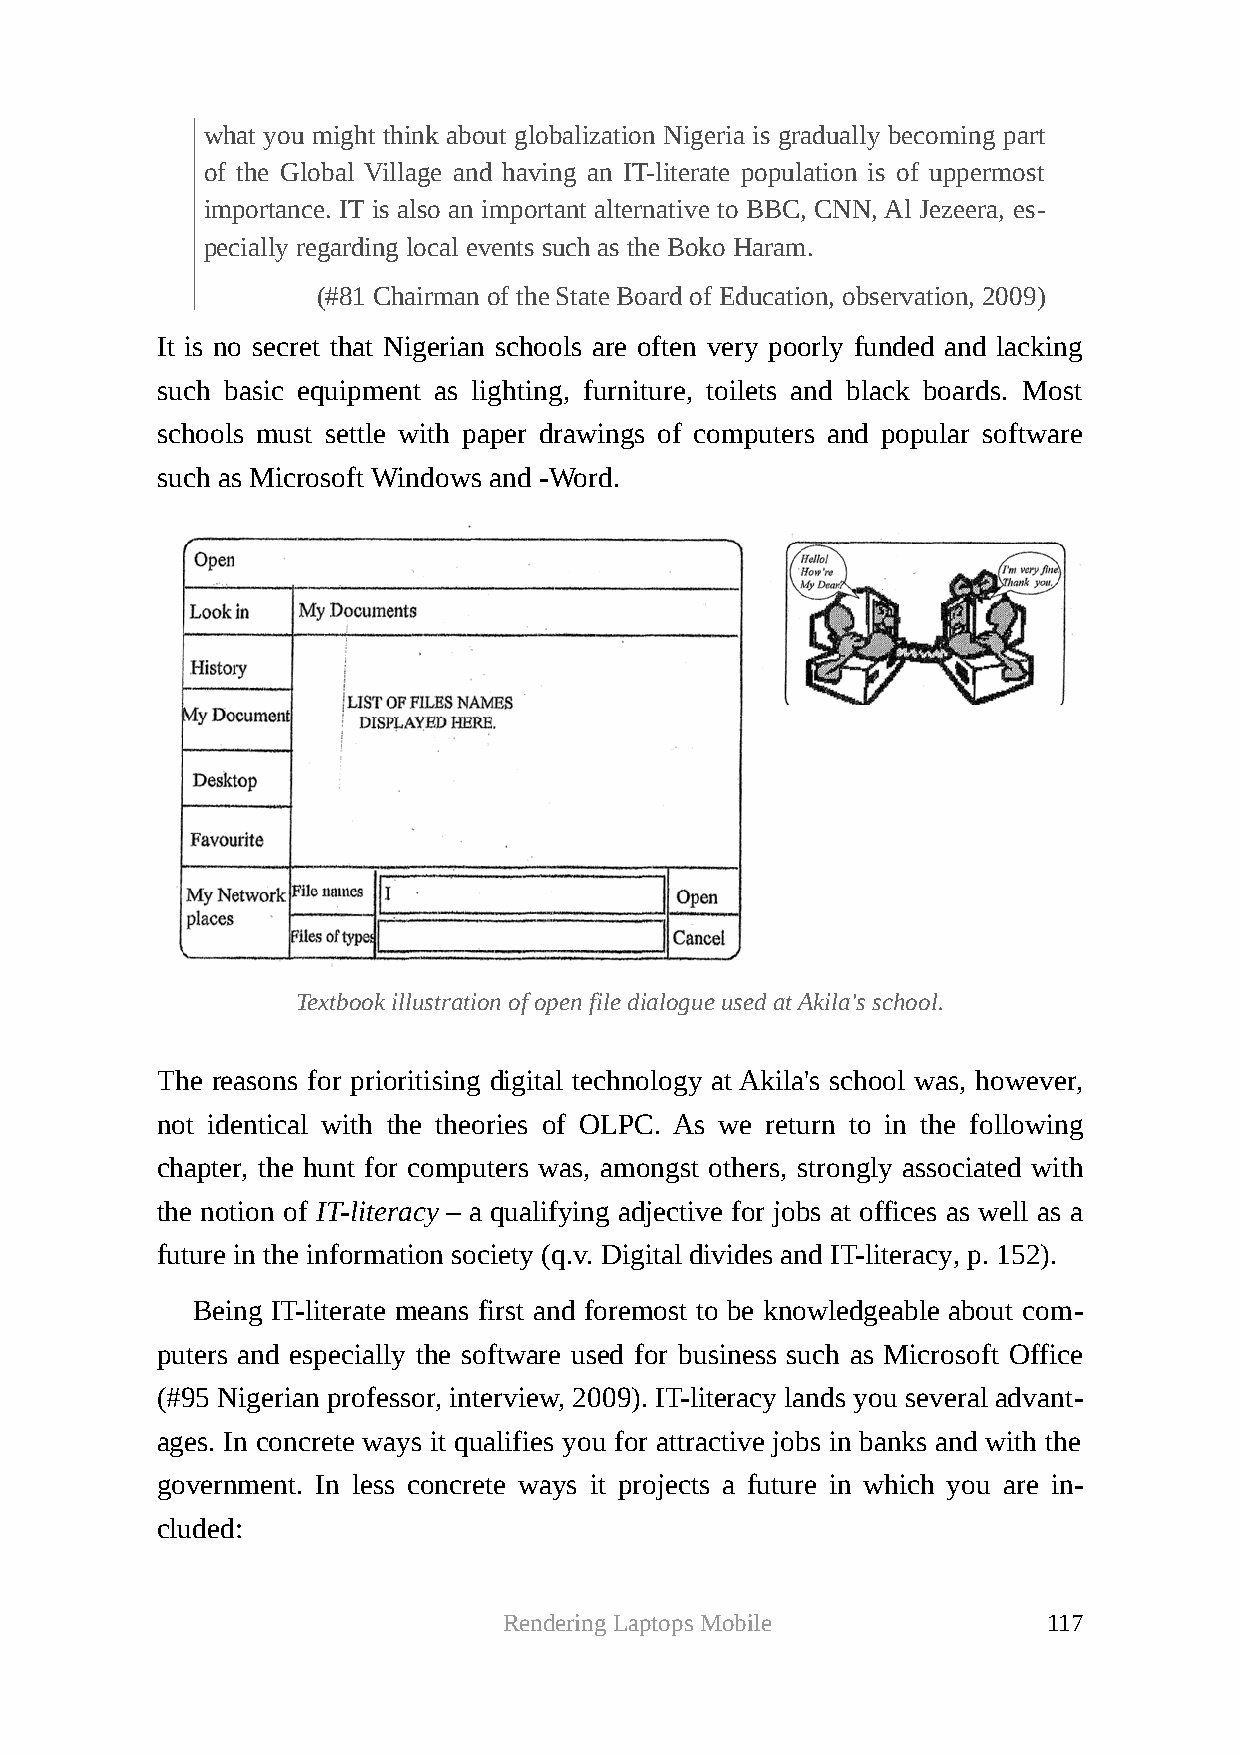
what you might think about globalization Nigeria is gradually becoming part
 of the Global Village and having an IT-literate population is of uppermost
 importance. IT is also an important alternative to BBC, CNN, Al Jezeera, es-
 pecially regarding local events such as the Boko Haram.
 (#81 Chairman of the State Board of Education, observation, 2009)
 It is no secret that Nigerian schools are often very poorly funded and lacking
 such basic equipment as lighting, furniture, toilets and black boards. Most
 schools must settle with paper drawings of computers and popular software
 such as Microsoft Windows and -Word.
 Textbook illustration of open file dialogue used at Akila's school.
 The reasons for prioritising digital technology at Akila's school was, however,
 not identical with the theories of OLPC. As we return to in the following
 chapter, the hunt for computers was, amongst others, strongly associated with
 the notion of IT-literacy – a qualifying adjective for jobs at offices as well as a
 future in the information society (q.v. Digital divides and IT-literacy, p. 152).
 Being IT-literate means first and foremost to be knowledgeable about com-
 puters and especially the software used for business such as Microsoft Office
 (#95 Nigerian professor, interview, 2009). IT-literacy lands you several advant-
 ages. In concrete ways it qualifies you for attractive jobs in banks and with the
 government. In less concrete ways it projects a future in which you are in-
 cluded:
 Rendering Laptops Mobile            117